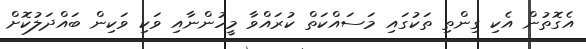
އެގޮތުން އެކި ގިންތި ތަކުގައި މަސައްކަތް ކުރައްވާ މީހުންނާއި ވަކި ވަކިން ބައްދަލުކޮށް